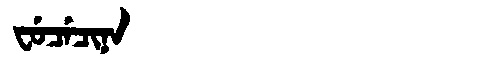
Manchu: ᠸᡠᠴᡝᠴᡳᠨᠠ
Romanization: FUCECINA